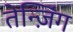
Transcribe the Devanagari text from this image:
तेन्ज़िंग